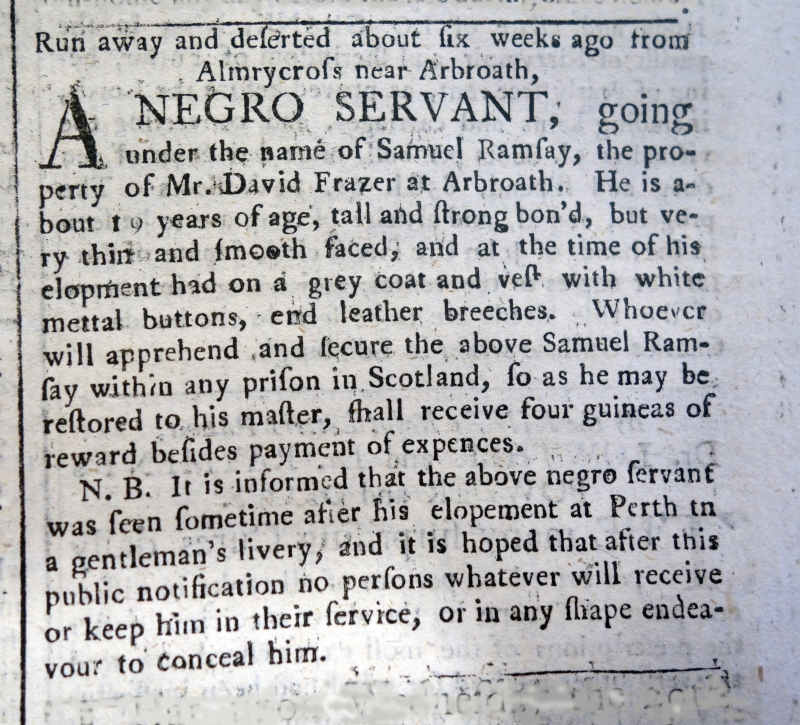
Edinburgh Evening Courant, 6 September 1760 (Scotland)
Run away and deserted about six weeks ago from Almrycross, near Arbroath,  A NEGRO SERVANT, going under the name of Samuel Ramsay, the property of Mr. David Frazer at Arbroath. He is about 19 years of age, tall and strong bon’d, but very thin and smooth faced, and at the time of his elopement had on a grey coat and vest with white mettal buttons end leather breeches. Whoever will apprehend and secure the above Samuel Ramsay within any prison in Scotland, so as he may be restored to his master, shall receive four guineas of reward besides payment of expences.   N.B. It is informed that the above negro servant was seen sometime after his elopement at Perth in a gentleman’s livery, and it is hoped that after this public notification no persons whatever will receive or keep him in their service, or in any shape endeavour to conceal him.